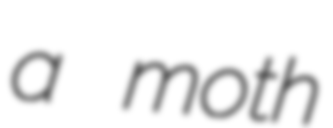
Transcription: a moth